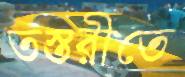
তস্তরীতে